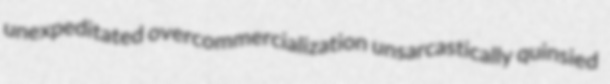
unexpeditated overcommercialization unsarcastically quinsied